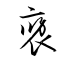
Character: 襃